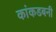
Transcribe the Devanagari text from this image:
कांकडबनी